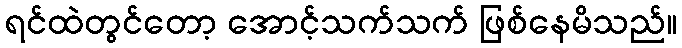
ရင်ထဲတွင်တော့ အောင့်သက်သက် ဖြစ်နေမိသည်။